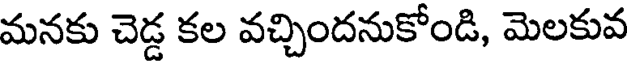
మనకు చెడ్డ కల వచ్చిందనుకోండి, మెలకువ